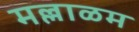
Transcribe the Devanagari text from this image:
मल्लाळम